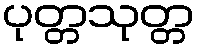
ပုတ္တသုတ္တ